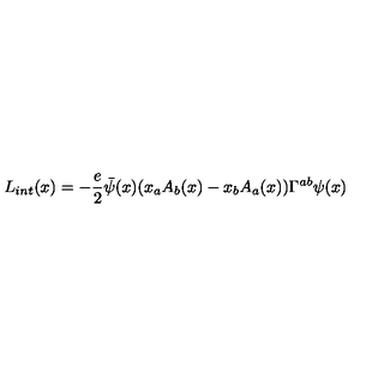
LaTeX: L _ { i n t } ( x ) = - \frac { e } { 2 } \bar { \psi } ( x ) ( x _ { a } A _ { b } ( x ) - x _ { b } A _ { a } ( x ) ) \Gamma ^ { a b } \psi ( x )